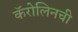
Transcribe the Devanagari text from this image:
कॅरोलिनची